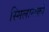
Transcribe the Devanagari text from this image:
स्मिलान्स्की